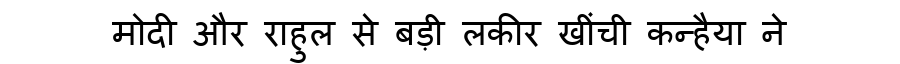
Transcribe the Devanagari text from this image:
मोदी और राहुल से बड़ी लकीर खींची कन्हैया ने